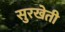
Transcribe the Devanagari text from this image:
सुरखेती